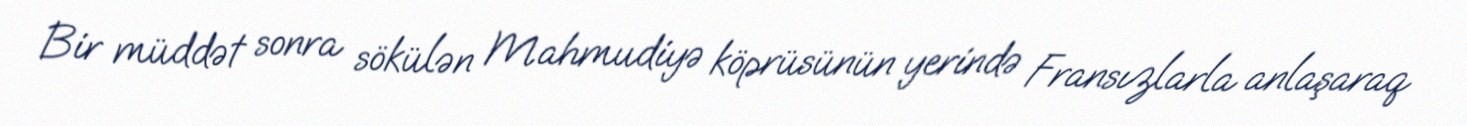
Bir müddət sonra sökülən Mahmudiyə köprüsünün yerində Fransızlarla anlaşaraq